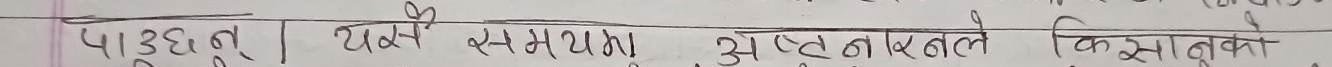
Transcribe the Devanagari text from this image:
पाउछु यसले समस्यामा अस्पतालले किसानुको